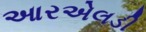
આરએલડી